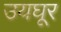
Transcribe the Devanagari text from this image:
उयघूर